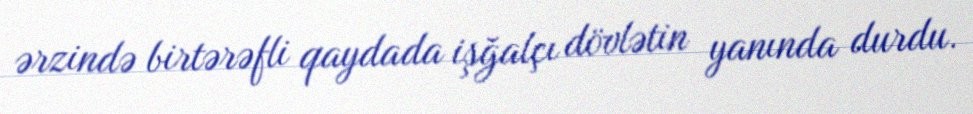
ərzində birtərəfli qaydada işğalçı dövlətin yanında durdu.